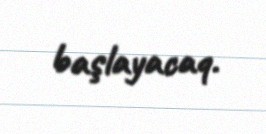
başlayacaq.